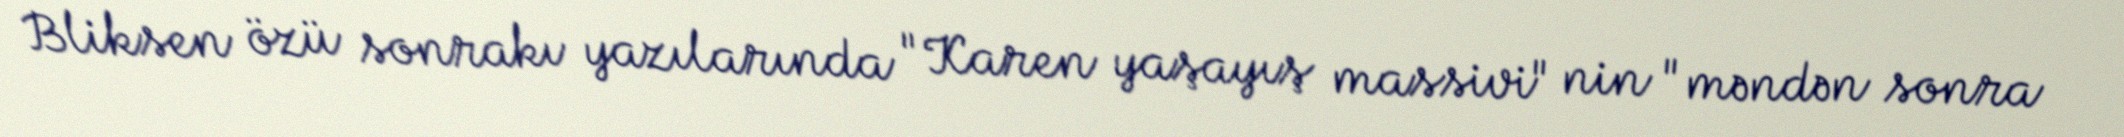
Bliksen özü sonrakı yazılarında "Karen yaşayış massivi" nin "məndən sonra